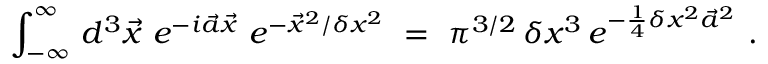
\int _ { - \infty } ^ { \infty } \, d ^ { 3 } \vec { x } \ e ^ { - i \vec { a } \vec { x } } \ e ^ { - \vec { x } ^ { 2 } / \delta x ^ { 2 } } \ = \ \pi ^ { 3 / 2 } \, \delta x ^ { 3 } \, e ^ { - \frac { 1 } { 4 } \delta x ^ { 2 } \vec { a } ^ { 2 } } \ .